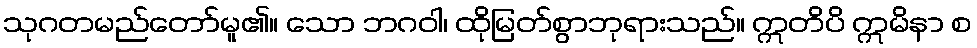
သုဂတမည်တော်မူ၏။ သော ဘဂဝါ၊ ထိုမြတ်စွာဘုရားသည်။ ဣတိပိ ဣမိနာ စ